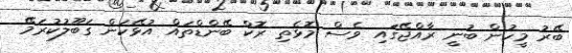
ބޭރު މީހުން ބުނީ ރާއްޖޭގައި ވެސް މޮޅެތި ރޮކް ބޭންޑްތައް އުޅޭކަން ގަބޫލުކުރަމޭ